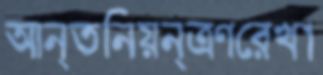
আন্তনিয়ন্ত্রণরেখা